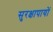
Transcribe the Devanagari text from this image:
सुरक्षापायों